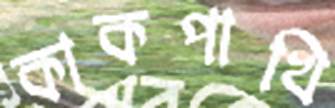
কাকপাখি